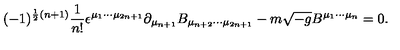
( - 1 ) ^ { \frac 1 2 ( n + 1 ) } { \frac { 1 } { n ! } } \epsilon ^ { \mu _ { 1 } \cdots \mu _ { 2 n + 1 } } \partial _ { \mu _ { n + 1 } } B _ { \mu _ { n + 2 } \cdots \mu _ { 2 n + 1 } } - m \sqrt { - g } B ^ { \mu _ { 1 } \cdots \mu _ { n } } = 0 .